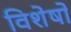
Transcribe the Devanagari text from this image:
विशेषो